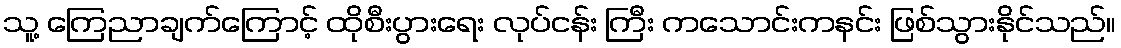
သူ့ ကြေညာချက်ကြောင့် ထိုစီးပွားရေး လုပ်ငန်း ကြီး ကသောင်းကနင်း ဖြစ်သွားနိုင်သည်။